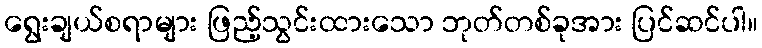
ရွေးချယ်စရာများ ဖြည့်သွင်းထားသော ဘုတ်တစ်ခုအား ပြင်ဆင်ပါ။